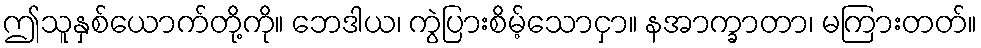
ဤသူနှစ်ယောက်တို့ကို။ ဘေဒါယ၊ ကွဲပြားစိမ့်သောငှာ။ နအာက္ခာတာ၊ မကြားတတ်။